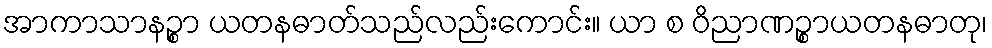
အာကာသာနဉ္စာ ယတနဓာတ်သည်လည်းကောင်း။ ယာ စ ဝိညာဏဉ္စာယတနဓာတု၊